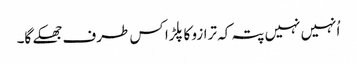
اُنہیں نہیں پتہ کہ ترازو کا پلڑا کس طرف جھکے گا۔